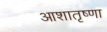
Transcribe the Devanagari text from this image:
आशातृष्णा